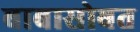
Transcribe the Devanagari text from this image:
बाबासोबत